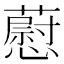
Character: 藯